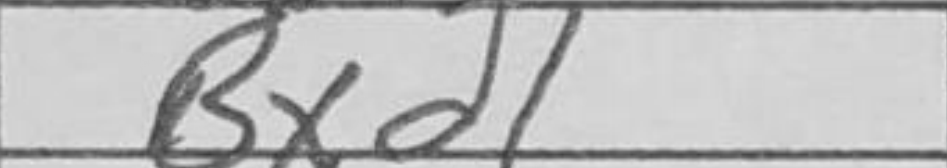
Transcription: Bxd1